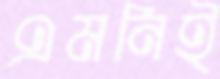
এমনিই